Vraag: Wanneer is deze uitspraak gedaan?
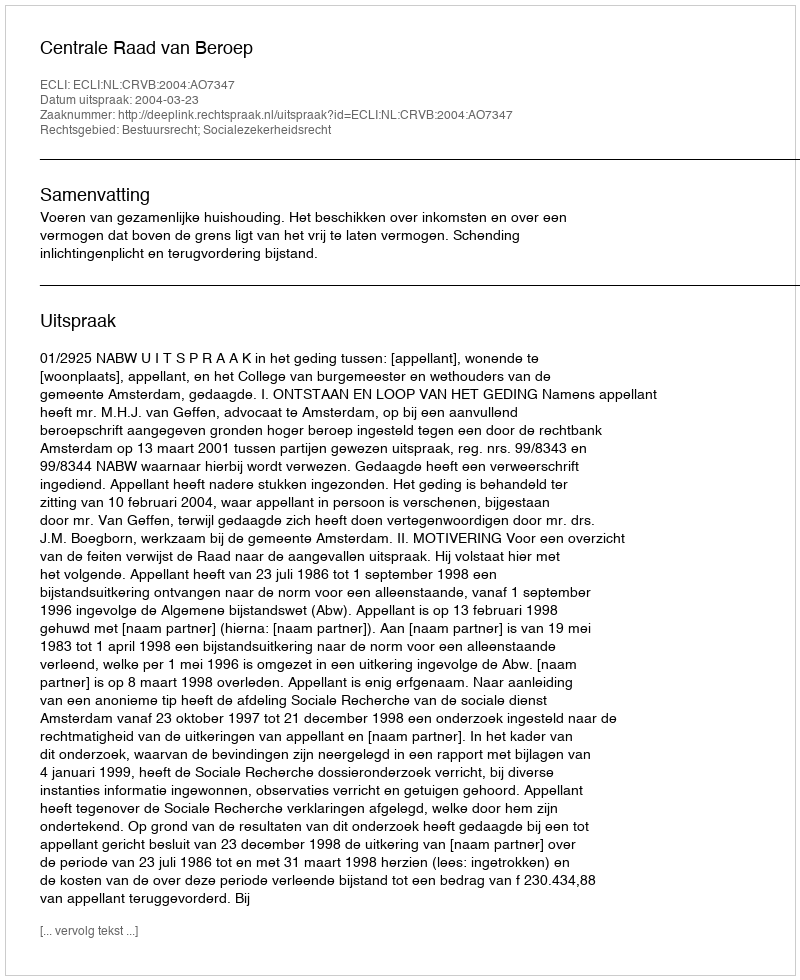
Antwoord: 2004-03-23